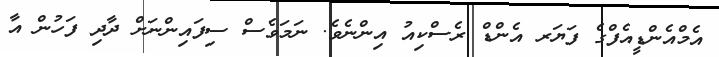
އެމްއެންޑީއެފްގެ ފަޔަރ އެންޑް ރެސްކިއު އިންނެވެ. ނަމަވެސް ސިފައިންނަށް ދާދި ފަހުން އާ